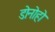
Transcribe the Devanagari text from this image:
डोनोहो